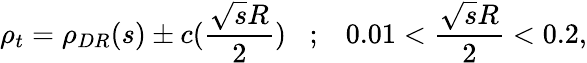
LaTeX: \rho_{t}=\rho_{DR}(s)\pm c(\frac{\sqrt{s}R}{2})\; \; \; ;\; \; \; 0.01<\frac{\sqrt{s}R}{2}<0.2,